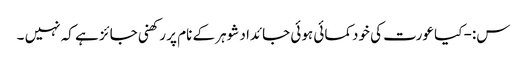
س:- کیا عورت کی خودکمائی ہوئی جائداد شوہر کے نام پر رکھنی جائز ہے کہ نہیں ۔